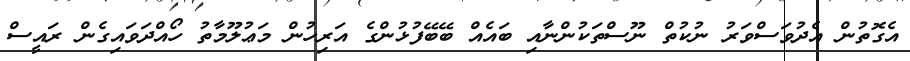
އެގޮތުން އެދުވަސްވަރު ނުކުތް ނޫސްތަކުންނާއި ބައެއް ބޭބޭފުޅުންގެ އަރިހުން މަޢުލޫމާތު ހޯއްދަވައިގެން ރައީސް